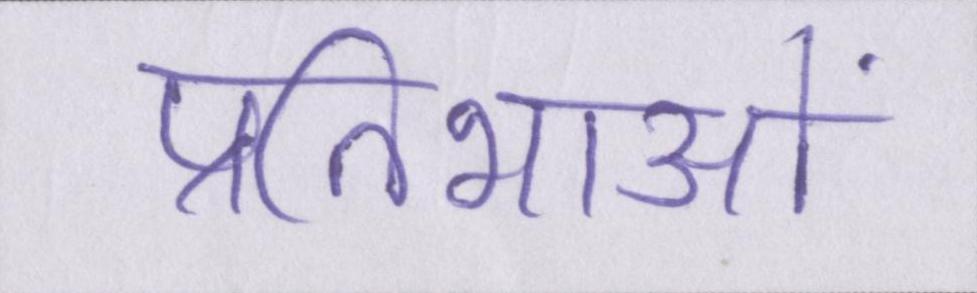
प्रतिभाओं